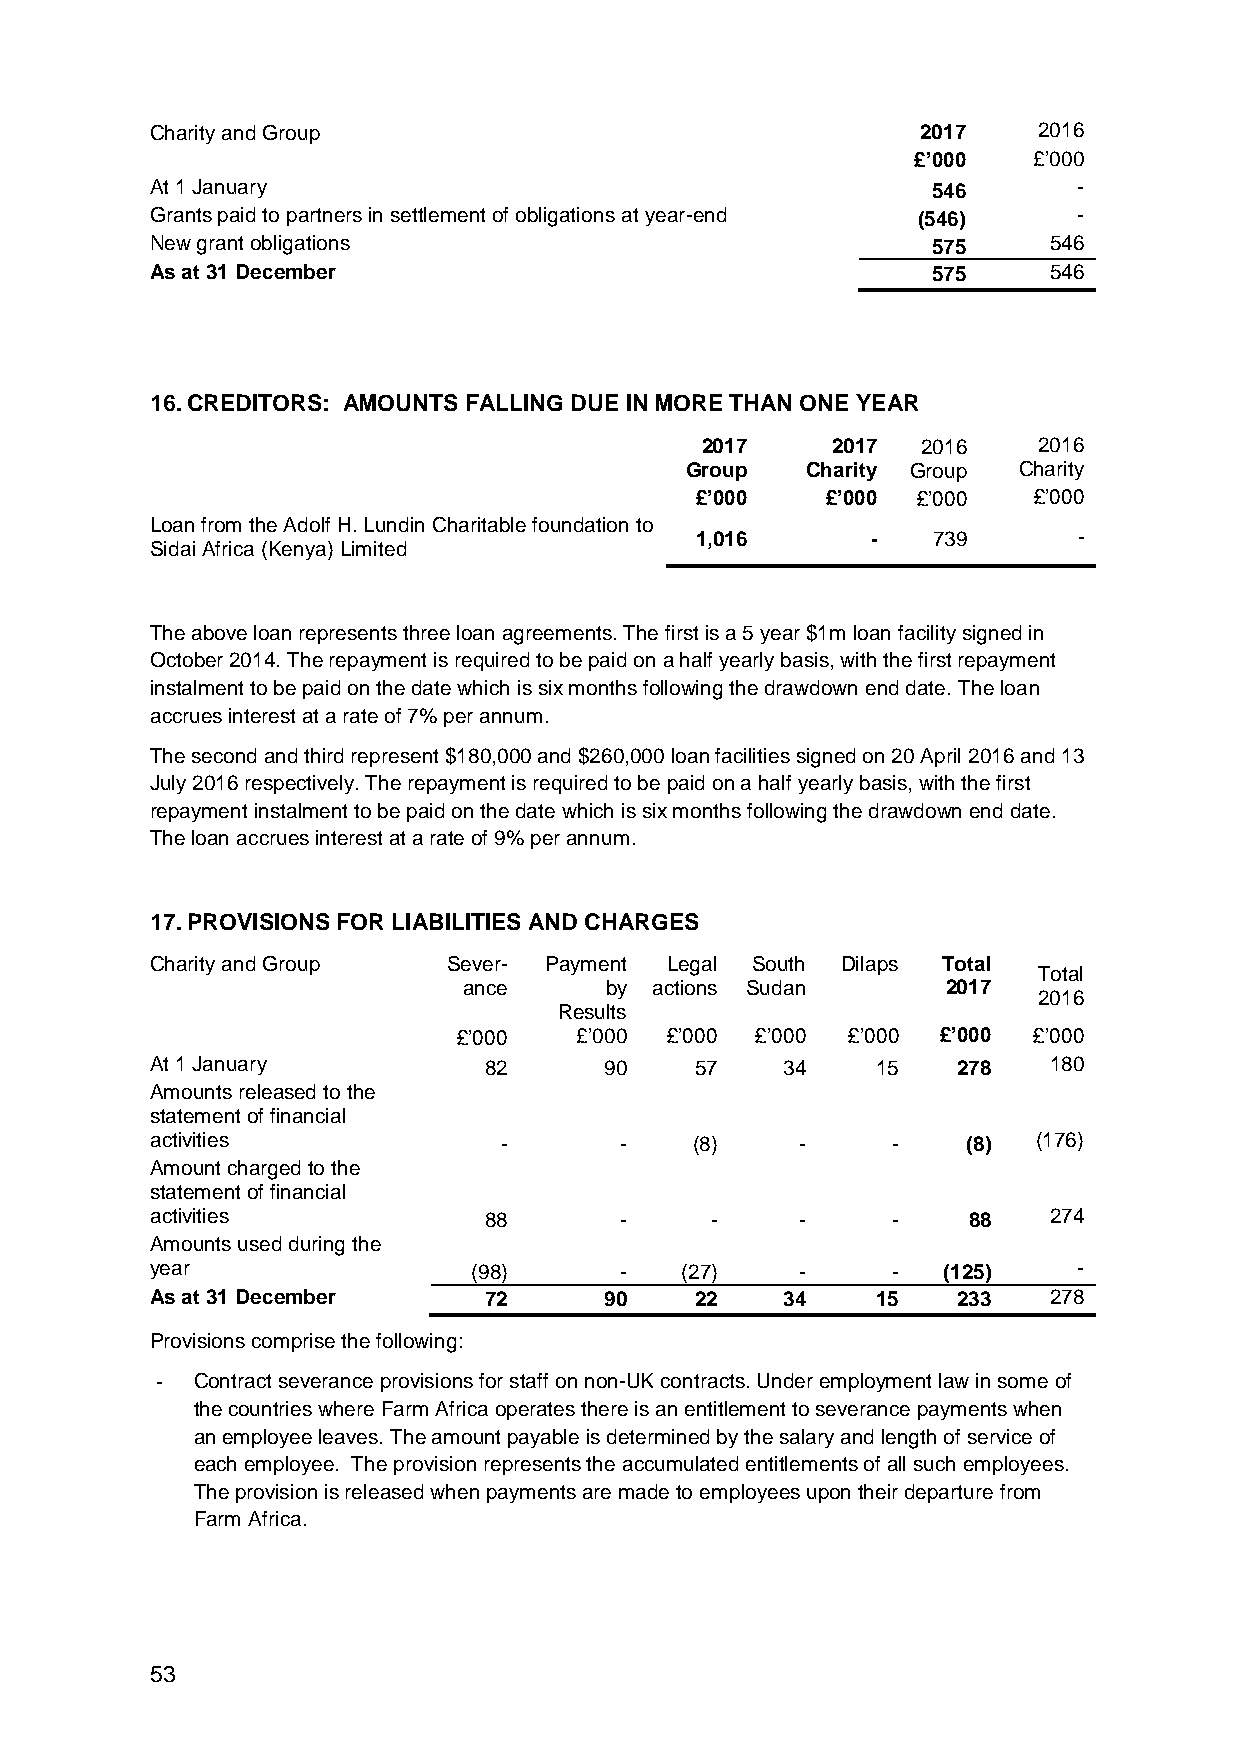
Charity and Group                                  2017    2016
 £’000   £’000
 At 1 January                                        546      -
 Grants paid to partners in settlement of obligations at year-end (546) -
 New grant obligations                               575    546
 As at 31 December                                   575    546
 16. CREDITORS: AMOUNTS FALLING DUE IN MORE THAN ONE YEAR
 2017     2017  2016    2016
 Group   Charity Group Charity
 £’000    £’000 £’000  £’000
 Loan from the Adolf H. Lundin Charitable foundation to
 1,016       -   739      -
 Sidai Africa (Kenya) Limited
 The above loan represents three loan agreements. The first is a 5 year $1m loan facility signed in
 October 2014. The repayment is required to be paid on a half yearly basis, with the first repayment
 instalment to be paid on the date which is six months following the drawdown end date. The loan
 accrues interest at a rate of 7% per annum.
 The second and third represent $180,000 and $260,000 loan facilities signed on 20 April 2016 and 13
 July 2016 respectively. The repayment is required to be paid on a half yearly basis, with the first
 repayment instalment to be paid on the date which is six months following the drawdown end date.
 The loan accrues interest at a rate of 9% per annum.
 17. PROVISIONS FOR LIABILITIES AND CHARGES
 Charity and Group   Sever- Payment Legal South Dilaps Total
 Total
 ance     by actions Sudan       2017
 2016
 Results
 £’000   £’000 £’000 £’000 £’000 £’000 £’000
 At 1 January          82      90    57    34    15   278   180
 Amounts released to the
 statement of financial
 activities             -       -    (8)    -     -    (8)  (176)
 Amount charged to the
 statement of financial
 activities            88       -     -     -     -    88   274
 Amounts used during the
 year                 (98)      -   (27)    -     -  (125)    -
 As at 31 December     72      90    22    34    15   233   278
 Provisions comprise the following:
 -  Contract severance provisions for staff on non-UK contracts. Under employment law in some of
 the countries where Farm Africa operates there is an entitlement to severance payments when
 an employee leaves. The amount payable is determined by the salary and length of service of
 each employee. The provision represents the accumulated entitlements of all such employees.
 The provision is released when payments are made to employees upon their departure from
 Farm Africa.
 53